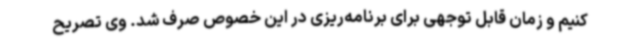
کنیم و زمان قابل توجهی برای برنامه‌ریزی در این خصوص صرف شد. وی تصریح